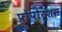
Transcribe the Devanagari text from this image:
प्रोपोर्शस